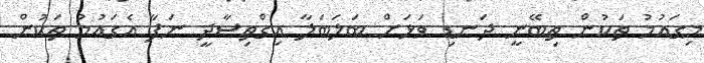
މިގައުމު ތަކުން ތިބޭނީ ދަނޑި ވަޅަށް ބަލަބަލާ އިގްތިސާދީ ނަފާ އެގައުމު ތަކުން